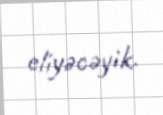
eliyəcəyik.